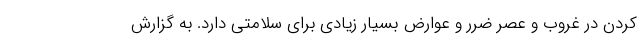
کردن در غروب و عصر ضرر و عوارض بسیار زیادی برای سلامتی دارد. به گزارش